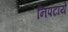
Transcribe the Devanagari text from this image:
निपटायें